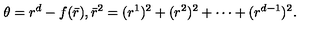
\theta = r ^ { d } - f ( \bar { r } ) , \bar { r } ^ { 2 } = ( r ^ { 1 } ) ^ { 2 } + ( r ^ { 2 } ) ^ { 2 } + \cdots + ( r ^ { d - 1 } ) ^ { 2 } .